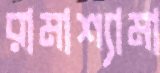
রামাশ্যামা